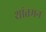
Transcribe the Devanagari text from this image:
शांतमन